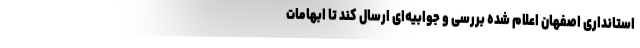
استانداری اصفهان اعلام شده بررسی و جوابیه‌ای ارسال کند تا ابهامات